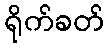
ရိုက်ခတ်